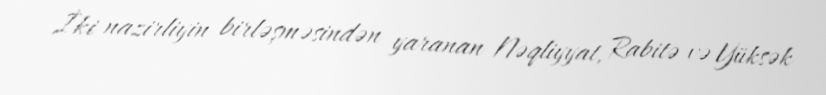
İki nazirliyin birləşməsindən yaranan Nəqliyyat, Rabitə və Yüksək